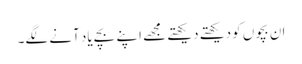
ان بچوں کو دیکھتے دیکھتے مجھے اپنے بچے یاد آنے لگے۔